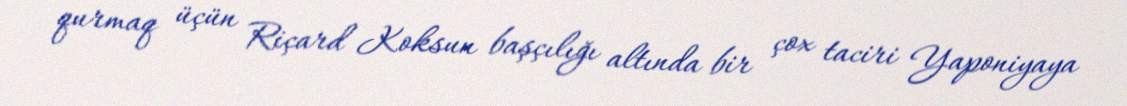
qurmaq üçün Riçard Koksun başçılığı altında bir çox taciri Yaponiyaya